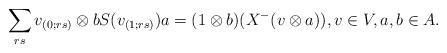
LaTeX: \begin{align*}\sum_{rs} v_{(0;rs)}\otimes bS(v_{(1;rs)})a = (1\otimes b)(X^-(v\otimes a)),v\in V,a,b\in A. \end{align*}